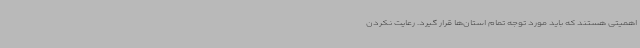
اهمیتی هستند که باید مورد توجه تمام استان‌ها قرار گیرد. رعایت نکردن